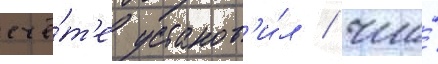
счё́т'е установ'и́л / что́